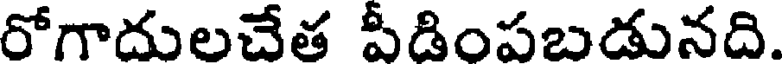
రోగాదులచేత పీడింపబడునది.